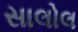
સાલોલ